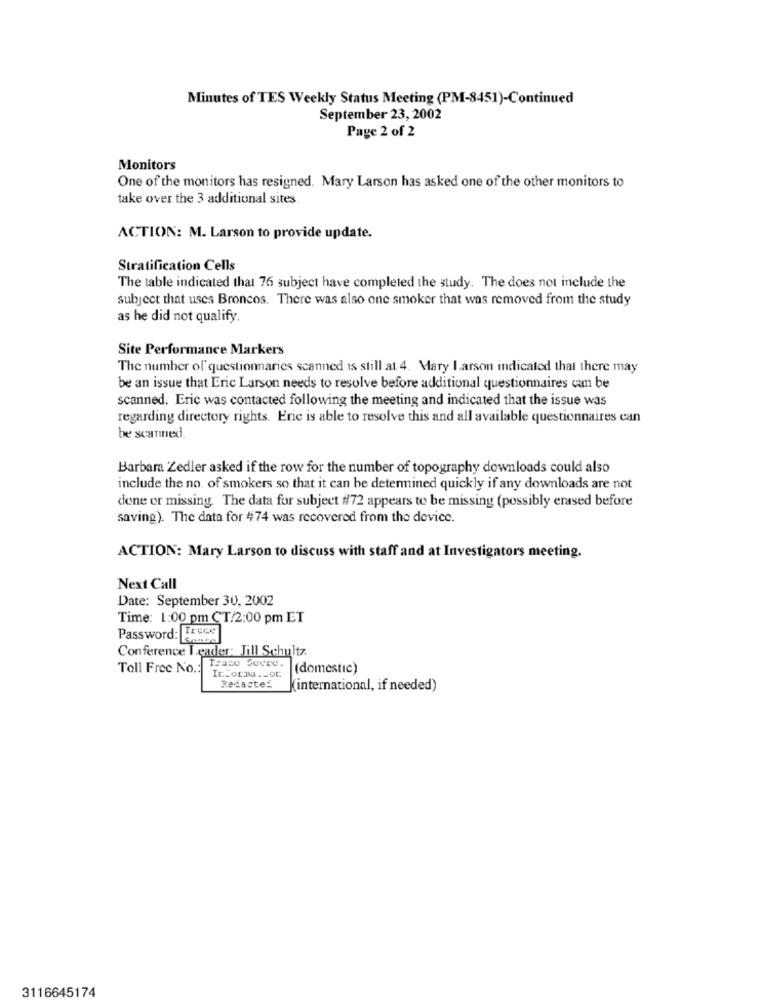
Minutes of TES Weekly Status Meeting (PM-8451)-Continued
September 23, 2002
Page 2 of 2
Monitors
One of the monitors has resigned. Mary Larson has asked one of the other monitors to
take over the 3 additional sites
ACTION: M. Larson to provide update.
Stratification Cells
The table indicated that 76 subject have completed the study. The does not include the
subject that uses Broncos. There was also one smoker that was removed from the study
as he did not qualify.
Site Performance Markers
The number of questionmaries scanned is still at 4. Mary larson indicated that there may
be an issue that Eric Larson needs to resolve before additional questionnaires can be
scanned. Eric was contacted following the meeting and indicated that the issue was
regarding directory rights. Eric is able to resolve this and all available questionnaires can
be scanned.
Barbara Zedler asked if the row for the number of topography downloads could also
include the no. of smokers so that it can be determined quickly if any downloads are not
done or missing. The data for subject #72 appears to be missing (possibly erased before
saving). The data for 474 was recovered from the device.
ACTION: Mary Larson to discuss with staff and at Investigators meeting.
Next Call
Date: September 30, 2002
Time: 1:00 pm CT/2:00 pm ET
Password: Trece
Conference Icader: Jill Schultz.
Toll Free No .:
(domestic)
Ic_orma .- OG
Redacte:
Kinternational, if needed)
3116645174